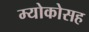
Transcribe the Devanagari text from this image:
म्योकोसह